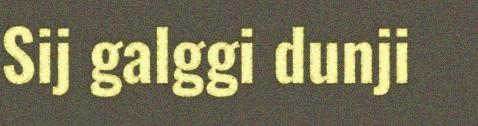
Sij galggi dunji